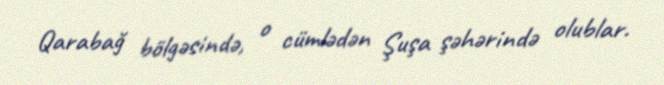
Qarabağ bölgəsində, o cümlədən Şuşa şəhərində olublar.